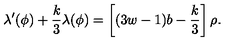
\lambda ^ { \prime } ( \phi ) + { \frac { k } { 3 } } \lambda ( \phi ) = \left[ ( 3 w - 1 ) b - { \frac { k } { 3 } } \right] \rho .